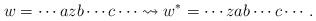
LaTeX: \begin{align*}w = \cdots a z b \cdots c \cdots \rightsquigarrow w^*=\cdots z a b \cdots c \cdots.\end{align*}